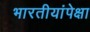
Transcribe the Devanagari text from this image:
भारतीयांपेक्षा